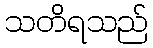
သတိရသည်